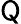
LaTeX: \sf{Q}